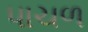
પાચળ